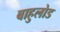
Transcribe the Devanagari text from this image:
बाहुलोड